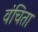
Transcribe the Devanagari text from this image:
वंचिता